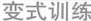
变式训练